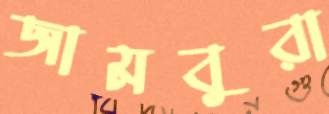
জামবুরা